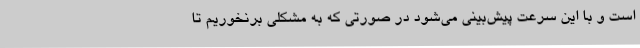
است و با این سرعت پیش‌بینی می‌شود در صورتی که به مشکلی برنخوریم تا